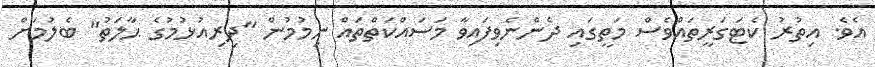
އެވެ. އިތުރު ކެޓަގަރީތައްވެސް މަތީގައި ދެންނެވިފައިވާ މަސައްކަތްތައް ނިމުމުން "ދިރިއުޅުމުގެ ޙާލަތު" ބެލުމަށް